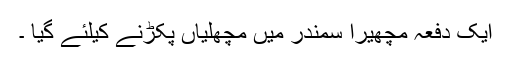
ایک دفعہ مچھیرا سمندر میں مچھلیاں پکڑنے کیلئے گیا ۔